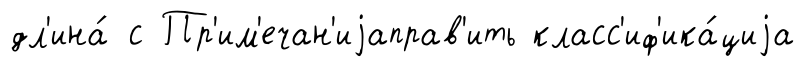
дл'ина́ с Пр'им'ечан'иjаправ'ить класс'иф'ика́циjа